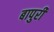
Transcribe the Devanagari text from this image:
बापुरी